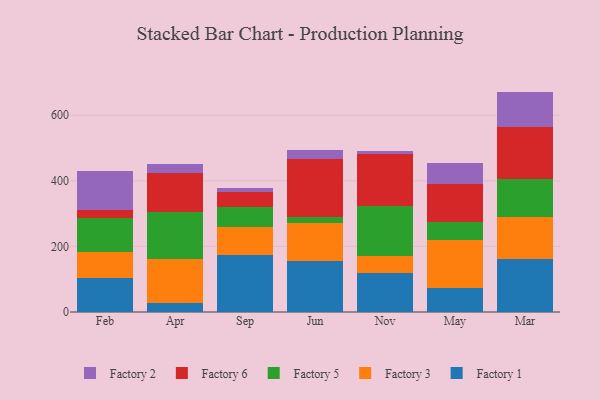
{"axis": {"x": "Month", "y": "Churn Rate (%)"}, "legend": ["Factory 1", "Factory 2", "Factory 3", "Factory 5", "Factory 6"], "data": [{"x": "Feb", "y": 103.4, "type": "Factory 1"}, {"x": "Feb", "y": 79.5, "type": "Factory 3"}, {"x": "Feb", "y": 103.3, "type": "Factory 5"}, {"x": "Feb", "y": 23.5, "type": "Factory 6"}, {"x": "Feb", "y": 120.8, "type": "Factory 2"}, {"x": "Apr", "y": 28.9, "type": "Factory 1"}, {"x": "Apr", "y": 131.5, "type": "Factory 3"}, {"x": "Apr", "y": 146.0, "type": "Factory 5"}, {"x": "Apr", "y": 116.8, "type": "Factory 6"}, {"x": "Apr", "y": 29.2, "type": "Factory 2"}, {"x": "Sep", "y": 172.5, "type": "Factory 1"}, {"x": "Sep", "y": 86.0, "type": "Factory 3"}, {"x": "Sep", "y": 61.9, "type": "Factory 5"}, {"x": "Sep", "y": 45.0, "type": "Factory 6"}, {"x": "Sep", "y": 11.6, "type": "Factory 2"}, {"x": "Jun", "y": 154.5, "type": "Factory 1"}, {"x": "Jun", "y": 115.8, "type": "Factory 3"}, {"x": "Jun", "y": 20.4, "type": "Factory 5"}, {"x": "Jun", "y": 175.2, "type": "Factory 6"}, {"x": "Jun", "y": 29.1, "type": "Factory 2"}, {"x": "Nov", "y": 118.0, "type": "Factory 1"}, {"x": "Nov", "y": 54.1, "type": "Factory 3"}, {"x": "Nov", "y": 150.1, "type": "Factory 5"}, {"x": "Nov", "y": 159.2, "type": "Factory 6"}, {"x": "Nov", "y": 9.6, "type": "Factory 2"}, {"x": "May", "y": 74.5, "type": "Factory 1"}, {"x": "May", "y": 146.4, "type": "Factory 3"}, {"x": "May", "y": 53.9, "type": "Factory 5"}, {"x": "May", "y": 116.8, "type": "Factory 6"}, {"x": "May", "y": 63.2, "type": "Factory 2"}, {"x": "Mar", "y": 162.4, "type": "Factory 1"}, {"x": "Mar", "y": 126.7, "type": "Factory 3"}, {"x": "Mar", "y": 116.2, "type": "Factory 5"}, {"x": "Mar", "y": 159.1, "type": "Factory 6"}, {"x": "Mar", "y": 107.6, "type": "Factory 2"}]}